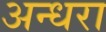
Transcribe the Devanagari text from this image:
अन्धरा